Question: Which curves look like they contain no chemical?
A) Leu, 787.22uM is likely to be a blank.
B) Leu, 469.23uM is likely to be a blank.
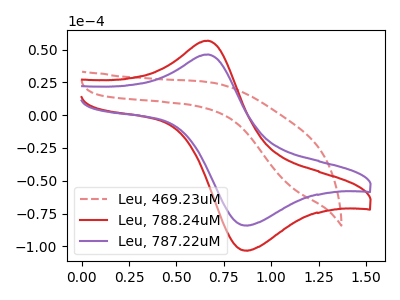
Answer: <think>The red dashed curve "Leu, 469.23uM" has no peaks. The red curve "Leu, 788.24uM" has an anodic peak at (0.65V, 56.80uA) and a cathodic peak at (0.85V, -103.25uA). The purple curve "Leu, 787.22uM" has an anodic peak at (0.65V, 46.25uA) and a cathodic peak at (0.85V, -84.15uA).</think>
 <answer>B) "Leu, 469.23uM" is likely to be a blank.</answer>
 <eval>B</eval>